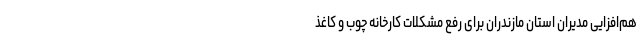
هم‌افزایی مدیران استان مازندران برای رفع مشکلات کارخانه چوب و کاغذ